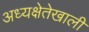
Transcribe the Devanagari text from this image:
अध्यक्षेतेखाली